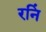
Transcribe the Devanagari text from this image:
रनिं